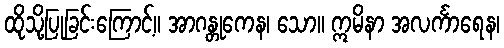
ထိုသို့ပြုခြင်းကြောင့်။ အာဂန္တုကေန၊ သော။ ဣမိနာ အလင်္ကာရေန၊